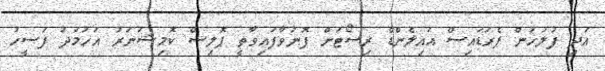
އަދި ފުލުހުން ޕެރަޑައިސް އައިލެންޑް ރިސޯޓަށް ފޮނުވާފައިވާތީ ޕޮލިސް ކޮމިޝަނަރު އަހުމަދު ފަސީހު